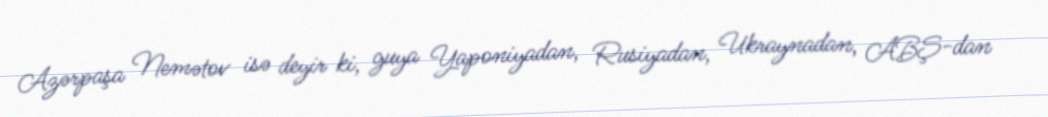
Azərpaşa Nemətov isə deyir ki, guya Yaponiyadan, Rusiyadan, Ukraynadan, ABŞ-dan